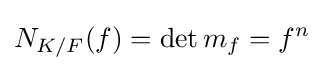
N_{K/F}(f)=\det m_{f}=f^{n}